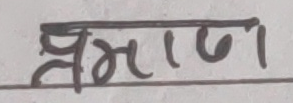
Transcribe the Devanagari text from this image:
प्रमाण